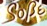
SOBE